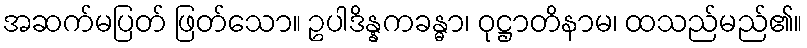
အဆက်မပြတ် ဖြတ်သော။ ဥပါဒိန္နကခန္ဓာ၊ ဝုဋ္ဌာတိနာမ၊ ထသည်မည်၏။